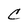
Character: C